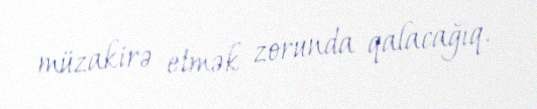
müzakirə etmək zorunda qalacağıq.